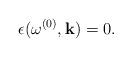
LaTeX: \begin{align*}\epsilon(\omega^{(0)}, {\bf k})=0.\end{align*}